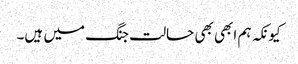
کیونکہ ہم ابھی بھی حالت جنگ میں ہیں۔